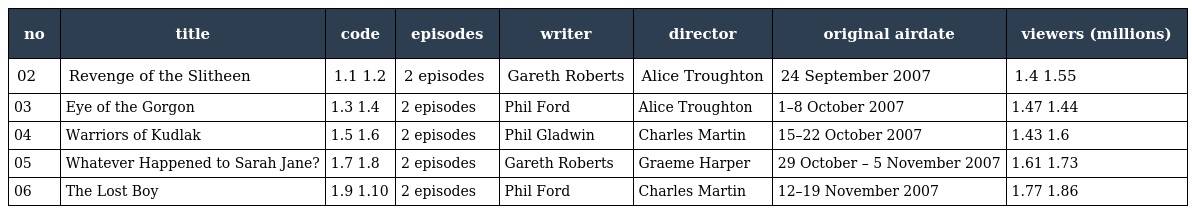
| no | title | code | episodes | writer | director | original airdate | viewers (millions) |
 | --- | --- | --- | --- | --- | --- | --- | --- |
 | 02 | Revenge of the Slitheen | 1.1 1.2 | 2 episodes | Gareth Roberts | Alice Troughton | 24 September 2007 | 1.4 1.55 |
 | 03 | Eye of the Gorgon | 1.3 1.4 | 2 episodes | Phil Ford | Alice Troughton | 1–8 October 2007 | 1.47 1.44 |
 | 04 | Warriors of Kudlak | 1.5 1.6 | 2 episodes | Phil Gladwin | Charles Martin | 15–22 October 2007 | 1.43 1.6 |
 | 05 | Whatever Happened to Sarah Jane? | 1.7 1.8 | 2 episodes | Gareth Roberts | Graeme Harper | 29 October – 5 November 2007 | 1.61 1.73 |
 | 06 | The Lost Boy | 1.9 1.10 | 2 episodes | Phil Ford | Charles Martin | 12–19 November 2007 | 1.77 1.86 |